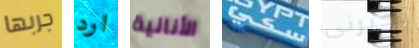
جربها ارد الأنانية سكي تخبرنى